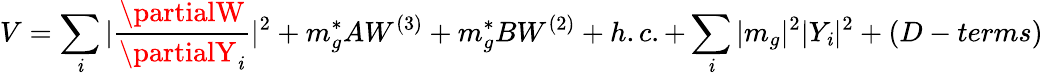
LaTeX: V=\sum_{\mathit{i}}|\frac{{\partialW}}{{\partialY_{\mathit{i}}}}|^{2}+m_{g}^{*}AW^{(3)}+m_{g}^{*}BW^{(2)}+h.c.+\sum_{\mathit{i}}|m_{g}|^{2}|Y_{\mathit{i}}|^{2}+(D-terms)